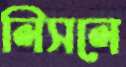
লিসলে